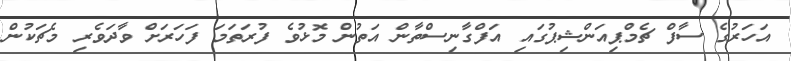
އަހަރުގެ ސާފް ޗެމްޕިއަންޝިޕުގައި އަފްގާނިސްތާން އަތުން މޮޅުވެ ފުރަތަމަ ފަހަރަށް ވާދަވެރި މެޗަކުން